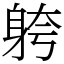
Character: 䠸